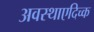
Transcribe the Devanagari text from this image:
अवस्थाएदिच्क